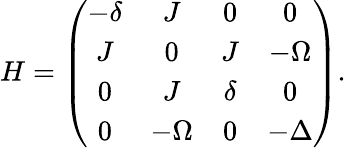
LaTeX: H=\left(\begin{array}{cccc}{-\delta}&{J}&{0}&{0}\\ {J}&{0}&{J}&{-\Omega}\\ {0}&{J}&{\delta}&{0}\\ {0}&{-\Omega}&{0}&{-\Delta}\end{array}\right).